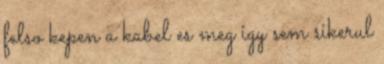
felso kepen a kabel es meg igy sem sikerul